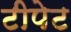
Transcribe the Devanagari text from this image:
टीपेट